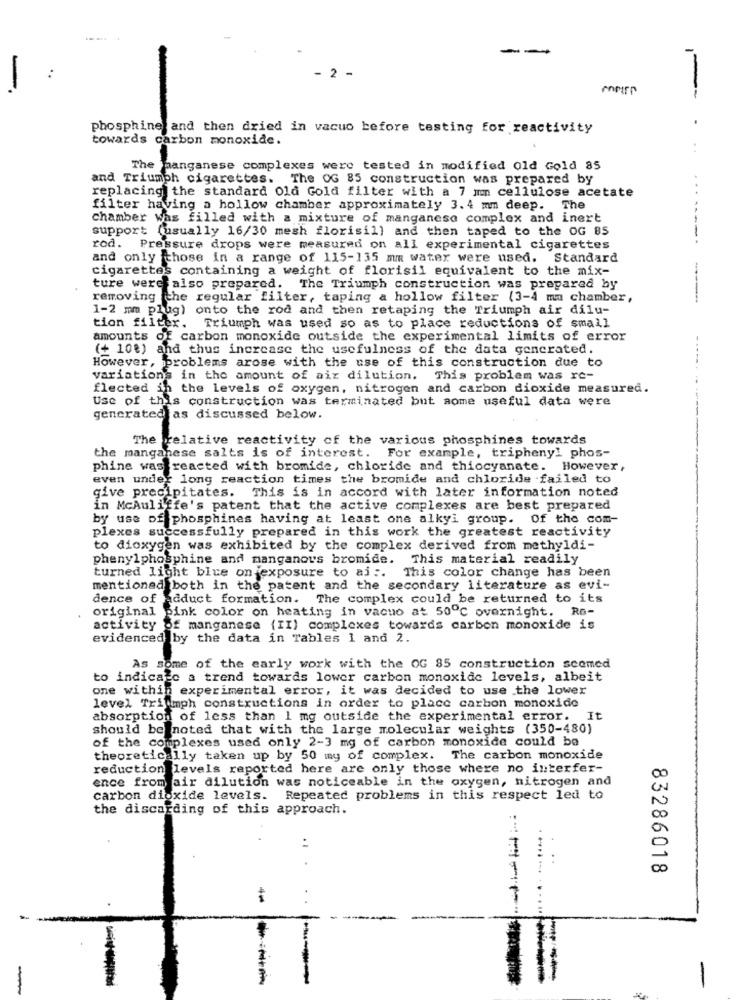
- 2 -
-
phosphine and then dried in vacuo before testing for reactivity
towards carbon monoxide.
The manganese complexes were tested in modified Old Gold 85
and Triumph cigarettes. The OG 85 construction was prepared by
replacing the standard Old Gold filter with a 7 mn cellulose acetate
filter having a hollow chamber approximately 3.4 mm deep. The
chamber was filled with a mixture of manganeso complex and inert
support (usually 16/30 mesh florisil) and then taped to the OG 85
rod. Pressure drops were measured on all experimental cigarettes
and only those in a range of 115-135 mm water were used. Standard
cigarettes containing a weight of florisil equivalent to the mix-
ture were also prepared. The Triumph construction was prepared by
removing the regular filter, taping a hollow filter (3-4 mm chamber,
1-2 mm plug) onto the rod and then retaping the Triumph air dilu-
tion filter. Triumph was used so as to place reductions of small
amounts of carbon monoxide outside the experimental limits of error
(+ 10%) and thus increase the usefulness of the data gencrated.
...
However, problems arose with the use of this construction due to
variations in the amount of air dilution. This problem was re-
flected in the levels of oxygen, nitrogen and carbon dioxide measured.
Use of this construction was terminated but some useful data were
gencrated as discussed below.
The relative reactivity of the various phosphines towards
the manganese salts is of interest. For example, triphenyl phos-
phine was reacted with bromide, chloride and thiocyanate. However,
even under long reaction times the bromide and chloride failed to
give precipitates. This is in accord with later information noted
in Mcauliffe's patent that the active complexes are best prepared
by use of phosphines having at least one alkyi group. Of the com-
plexes successfully prepared in this work the greatest reactivity
to dioxygen was exhibited by the complex derived from methyldi-
phenylphosphine and manganous bromide. This material readily
turned light blue on exposure to aj :. This color change has been
mentioned both in the patent and the secondary literature as evi-
dence of Adduct formation. The complex could be returned to its
original pink color on heating in vacuo at 50℃ overnight. Ro-
activity of manganese (II) complexes towards carbon monoxide is
evidenced by the data in Tables 1 and 2.
As some of the early work with the OG 85 construction scomed
to indicate a trend towards lower carbon monoxide levels, albeit
one within experimental error, it was decided to use the lower
level Triumph constructions in order to place carbon monoxide
absorption of less than 1 mg outside the experimental error. It
should be noted that with the large molecular weights (350-480)
of the complexes used only 2-3 mg of carbon monoxide could be
theoretically taken up by 50 my of complex. The carbon monoxide
reduction levels reported here are only those where no interfer-
ence from air dilution was noticeable in the oxygen, nitrogen and
carbon dioxide levels. Repeated problems in this respect led to
the discarding of this approach.
N
00
CO
83286018
-